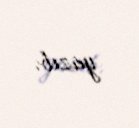
yazıb.